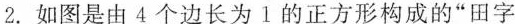
2.如图是由4个边长为1的正方形构成的”田字